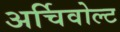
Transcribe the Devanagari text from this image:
अर्चिवोल्ट